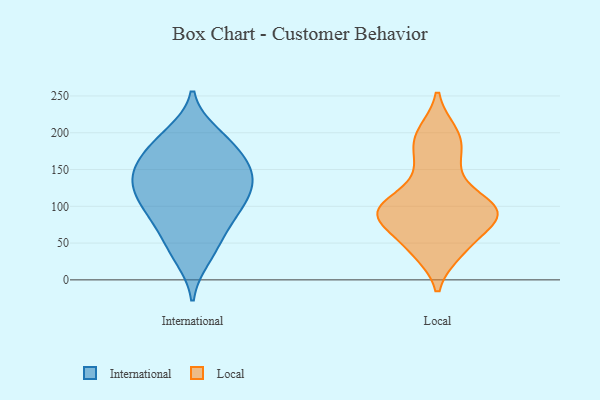
{"axis": {"x": "Waste Production (Tons)", "y": "Value"}, "legend": ["International", "Local"], "data": [{"x": "", "y": 114, "type": "International"}, {"x": "", "y": 154, "type": "International"}, {"x": "", "y": 140, "type": "International"}, {"x": "", "y": 132, "type": "International"}, {"x": "", "y": 140, "type": "International"}, {"x": "", "y": 106, "type": "International"}, {"x": "", "y": 103, "type": "International"}, {"x": "", "y": 151, "type": "International"}, {"x": "", "y": 131, "type": "International"}, {"x": "", "y": 29, "type": "International"}, {"x": "", "y": 181, "type": "International"}, {"x": "", "y": 99, "type": "International"}, {"x": "", "y": 179, "type": "International"}, {"x": "", "y": 163, "type": "International"}, {"x": "", "y": 68, "type": "International"}, {"x": "", "y": 63, "type": "International"}, {"x": "", "y": 199, "type": "International"}, {"x": "", "y": 196, "type": "International"}, {"x": "", "y": 86, "type": "International"}, {"x": "", "y": 37, "type": "International"}, {"x": "", "y": 39, "type": "Local"}, {"x": "", "y": 98, "type": "Local"}, {"x": "", "y": 200, "type": "Local"}, {"x": "", "y": 90, "type": "Local"}, {"x": "", "y": 94, "type": "Local"}, {"x": "", "y": 90, "type": "Local"}, {"x": "", "y": 91, "type": "Local"}, {"x": "", "y": 182, "type": "Local"}, {"x": "", "y": 145, "type": "Local"}, {"x": "", "y": 49, "type": "Local"}]}